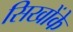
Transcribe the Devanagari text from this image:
सिखोंके